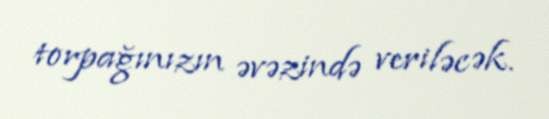
torpağınızın əvəzində veriləcək.